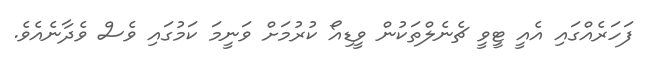
ފަހަރެއްގައި އެއީ ޓީވީ ޗެނެލްތަކުން ވީޑިއޯ ކުރުމަށް ވަނީމަ ކަމުގައި ވެސް ވެދާނެއެވެ.